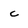
Character: c